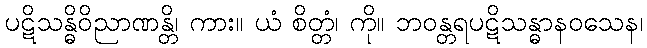
ပဋိသန္ဓိဝိညာဏန္တိ၊ ကား။ ယံ စိတ္တံ၊ ကို။ ဘဝန္တရပဋိသန္ဓာနဝသေန၊